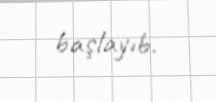
başlayıb.